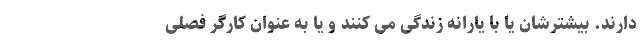
دارند. بیشترشان یا با یارانه زندگی می کنند و یا به عنوان کارگر فصلی